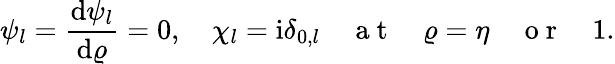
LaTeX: \psi_{l}=\frac{\mathrm{d}\psi_{l}}{\mathrm{d}\varrho}=0,\quad\chi_{l}=\mathrm{i}\delta_{0,l}\quad\mathrm{~a~t~}\quad\varrho=\eta\quad\mathrm{~o~r~}\quad 1.